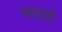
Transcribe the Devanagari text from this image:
व्याप्तो